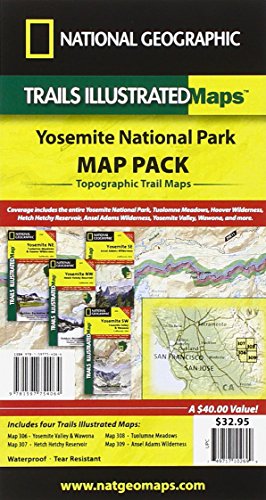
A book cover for Yosemite National Park [Map Pack Bundle] (National Geographic Trails Illustrated Map); National Geographic Maps - Trails Illustrated; Travel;